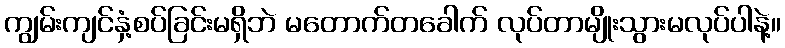
ကျွမ်းကျင်နှံ့စပ်ခြင်းမရှိဘဲ မတောက်တခေါက် လုပ်တာမျိုးသွားမလုပ်ပါနဲ့။